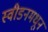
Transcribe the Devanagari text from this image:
स्वीडनमधून